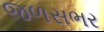
જળસભર